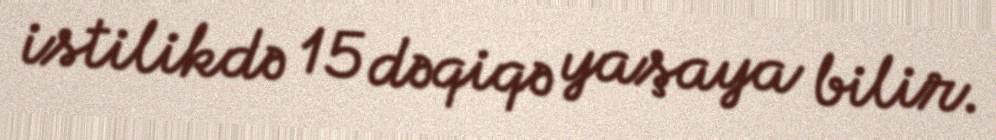
istilikdə 15 dəqiqə yaşaya bilir.